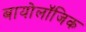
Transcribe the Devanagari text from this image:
बायोलॉजिक